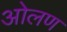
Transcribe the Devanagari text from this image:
ओलण